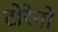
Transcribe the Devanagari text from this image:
टोरेनो